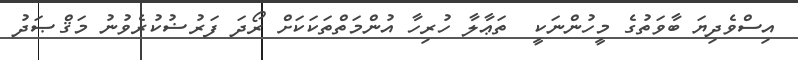
އިސްވެދިޔަ ބާވަތުގެ މީހުންނަކީ  ތަޢާލާ ހުރިހާ އުންމަތްތަކަކަށް ރޯދަ ފަރުޟުކުރެވުނު މަޤްޞަދު